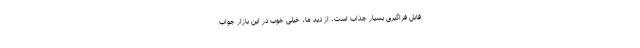
قابل فراگیری بسیار جذاب است، از دید ما، خیلی خوب در این بازار جواب